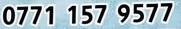
0771 157 9577